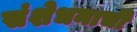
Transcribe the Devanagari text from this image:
संशेधनाची